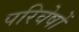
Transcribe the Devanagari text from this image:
परिवेषों